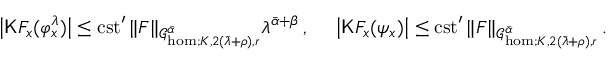
\left| \mathsf { K } F _ { x } ( \varphi _ { x } ^ { \lambda } ) \right| \le \mathrm { c s t } ^ { \prime } \, \| F \| _ { \mathcal { G } _ { \mathrm { h o m } ; K , 2 ( \bar { \lambda } + \rho ) , r } ^ { \bar { \alpha } } } \lambda ^ { \bar { \alpha } + \beta } \, , \quad \ \left| \mathsf { K } F _ { x } ( \psi _ { x } ) \right| \le \mathrm { c s t } ^ { \prime } \, \| F \| _ { \mathcal { G } _ { \mathrm { h o m } ; K , 2 ( \bar { \lambda } + \rho ) , r } ^ { \bar { \alpha } } } \, .